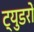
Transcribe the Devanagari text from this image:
ट्युडरों